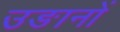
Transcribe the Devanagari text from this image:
उङानों